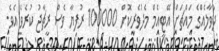
ދުވާލެއްގެ މައްޗަށް އޭޓީއެމް މެދުވެރިކޮށް 100000 ރުފިޔާ ވެސް ރީޗާޖު ކުރެވެ އެވެ.